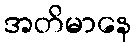
အတိမာနေ